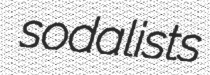
sodalists